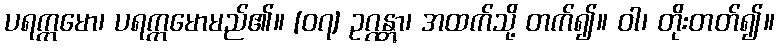
ပရက္ကမော၊ ပရက္ကမောမည်၏။ [၀၇] ဥဂ္ဂန္တွာ၊ အထက်သို့ တက်၍။ ဝါ၊ တိုးတတ်၍။